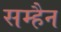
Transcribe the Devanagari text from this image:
सम्हैन